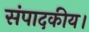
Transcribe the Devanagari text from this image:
संपादकीय।